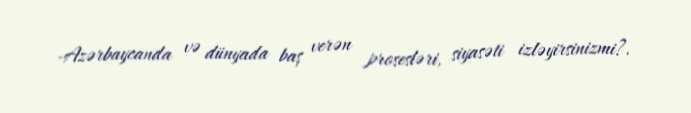
-Azərbaycanda və dünyada baş verən prosesləri, siyasəti izləyirsinizmi?.